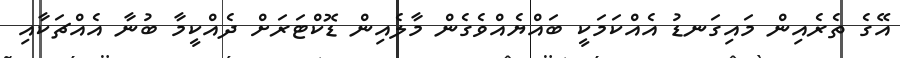
އޭގެ ތެރެއިން މައިގަނޑު އެއްކަމަކީ ބައްޔެއްވެގެން މާލެއިން ޑޮކްޓަރަށް ދެއްކީމާ ބުނާ އެއްޗަކާއި